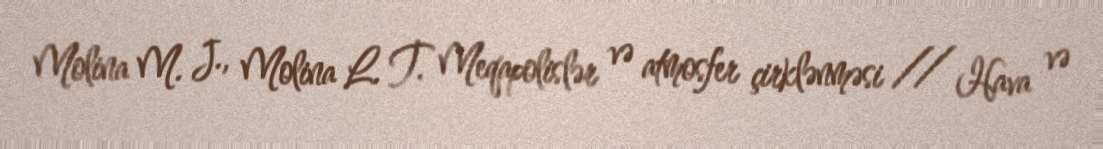
Molina M. J., Molina L. T. Meqapolislər və atmosfer çirklənməsi // Hava və